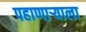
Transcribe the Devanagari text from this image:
पहाणाऱ्याला